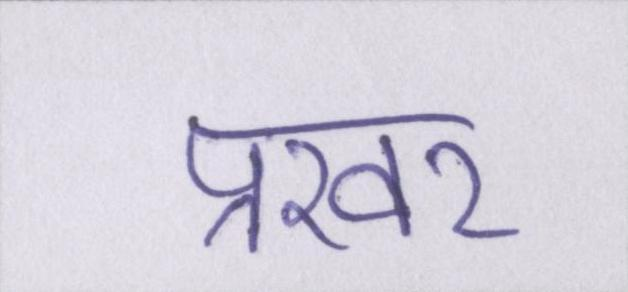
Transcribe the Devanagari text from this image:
प्रखर